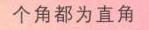
\text{个角都为直角}